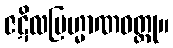
ဇဋိလဗြဟ္မာဏဝတ္ထု။